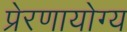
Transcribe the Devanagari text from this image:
प्रेरणायोग्य